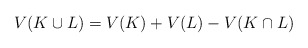
\begin{align*} V(K \cup L) = V(K) + V(L) - V(K\cap L)\end{align*}